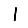
Digit: 1